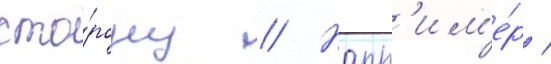
сто́рону // Напр'им'е́р /